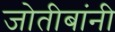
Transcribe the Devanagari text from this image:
जोतीबांनी